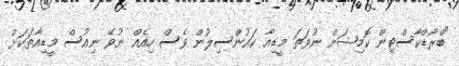
"ބްރޯޑްކާސްޓިން ކޮމިޝަން ނުވަތަ މީޑިއާ ކައުންސިލުން ވެސް ހިއެއް ނުވޭ ނިއުސް މީޑިއާތަކަށް